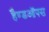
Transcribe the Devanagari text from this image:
हैण्डऑफ्स